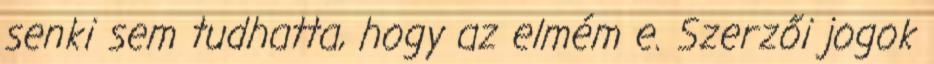
senki sem tudhatta, hogy az elmém e. Szerzői jogok